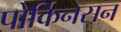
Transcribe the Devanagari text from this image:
पोर्किनसन